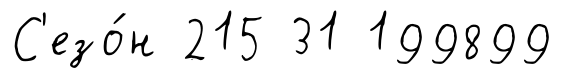
С'езо́н 215 31 199899